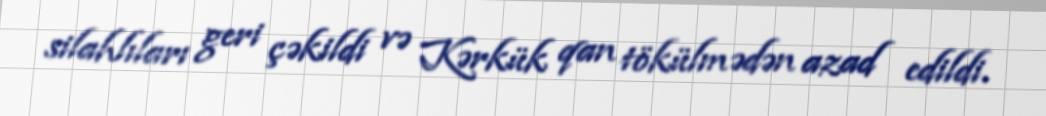
silahlıları geri çəkildi və Kərkük qan tökülmədən azad edildi.